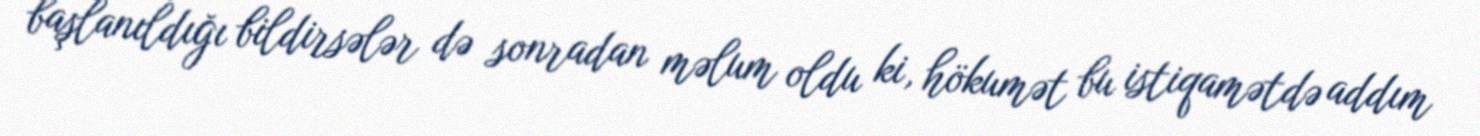
başlanıldığı bildirsələr də sonradan məlum oldu ki, hökumət bu istiqamətdə addım